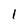
Character: 1